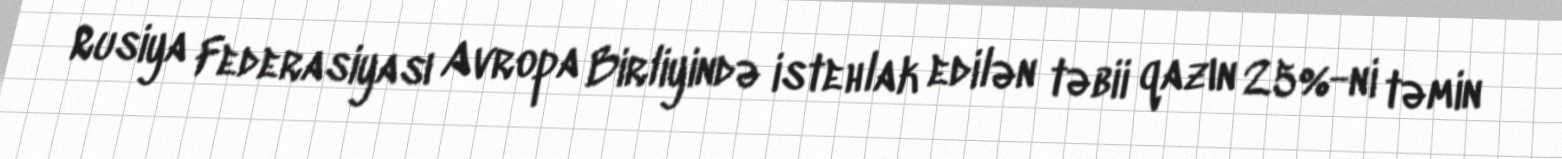
Rusiya Federasiyası Avropa Birliyində istehlak edilən təbii qazın 25%-ni təmin